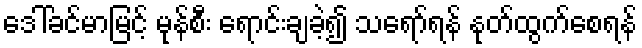
ဒေါ်ခင်မာမြင့် မုန်စီး ရောင်းချခဲ့၍ သရော်ရန် နုတ်ထွက်စေရန်